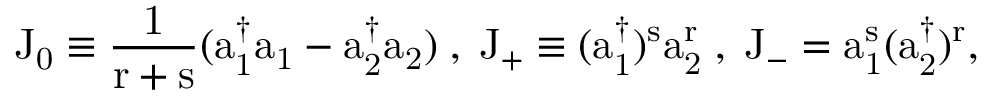
\mathrm { J _ { 0 } \equiv \frac { 1 } { r + s } ( a _ { 1 } ^ { \dagger } a _ { 1 } - a _ { 2 } ^ { \dagger } a _ { 2 } ) \; , \; \mathrm { J _ { + } \equiv ( a _ { 1 } ^ { \dagger } ) ^ { s } a _ { 2 } ^ { r } \; , \; \mathrm { J _ { - } = a _ { 1 } ^ { s } ( a _ { 2 } ^ { \dagger } ) ^ { r } , } } }